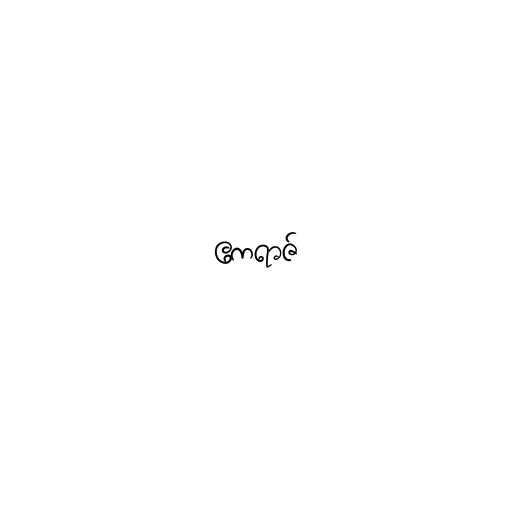
ဧကရာဇ်